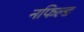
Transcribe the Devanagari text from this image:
नफिल्ड